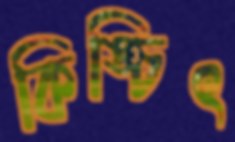
কিঙ্চিৎ